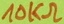
Text: 10KΩ